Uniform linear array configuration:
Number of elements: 8
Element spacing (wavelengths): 0.5
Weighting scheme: blackman
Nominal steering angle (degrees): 30
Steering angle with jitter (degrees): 28.818
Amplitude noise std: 0.05
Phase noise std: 0.05

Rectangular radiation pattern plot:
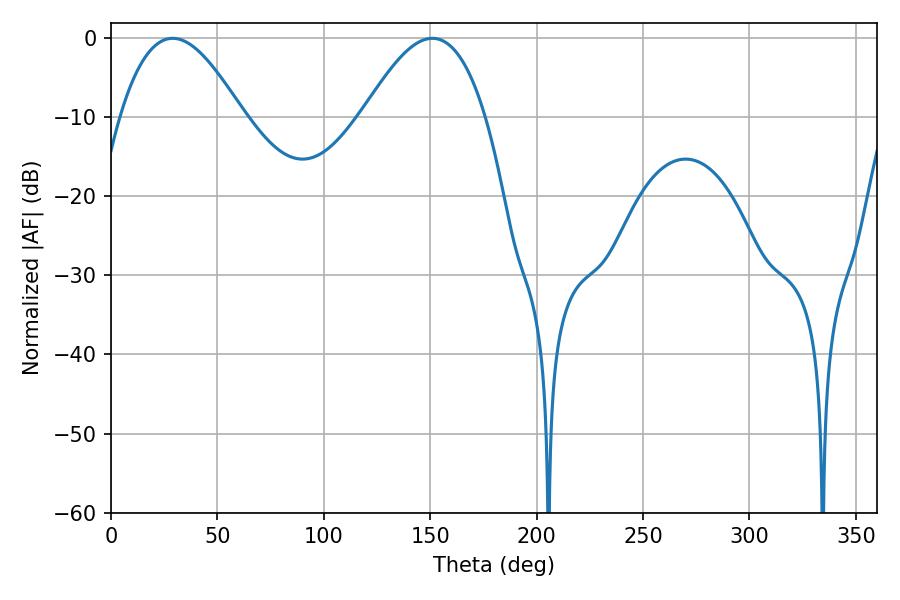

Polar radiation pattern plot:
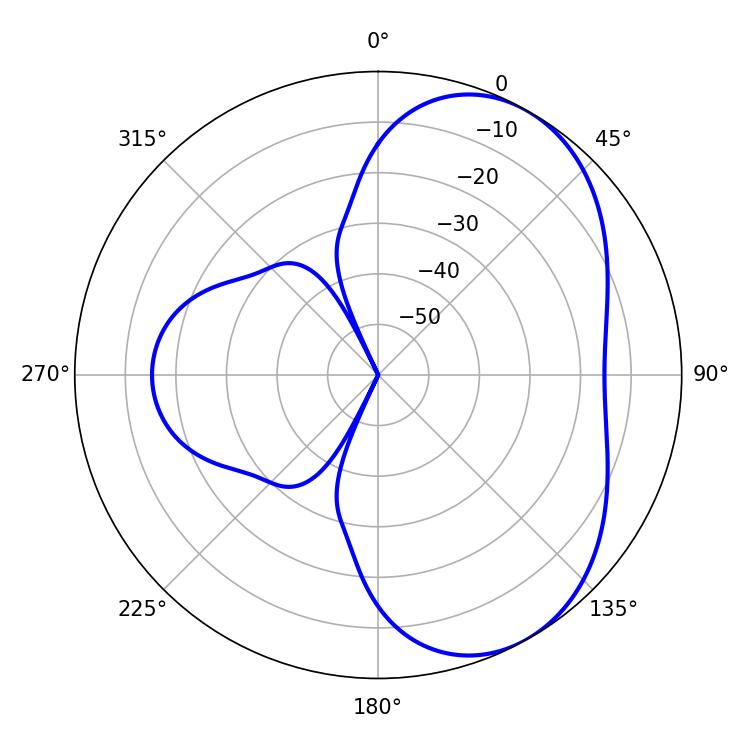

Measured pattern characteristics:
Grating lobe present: FALSE
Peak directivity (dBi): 5.127
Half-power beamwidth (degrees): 31.32
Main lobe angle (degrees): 28.98